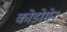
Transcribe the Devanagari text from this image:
कोडोमेन